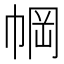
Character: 𫷆